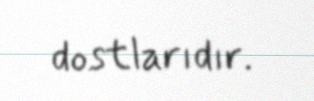
dostlarıdır.